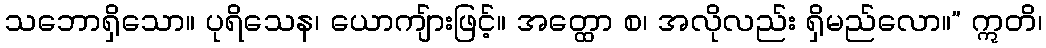
သဘောရှိသော။ ပုရိသေန၊ ယောကျ်ားဖြင့်။ အတ္ထော စ၊ အလိုလည်း ရှိမည်လော။” ဣတိ၊